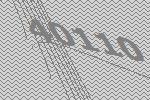
40110